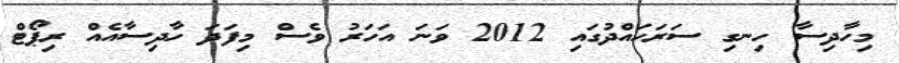
މިހާދިސާ ހިނގި ސަރަހައްދުގައި 2012 ވަނަ އަހަރު ވެސް މިފަދަ ހާދިސާއެއް ރިޕޯޓް